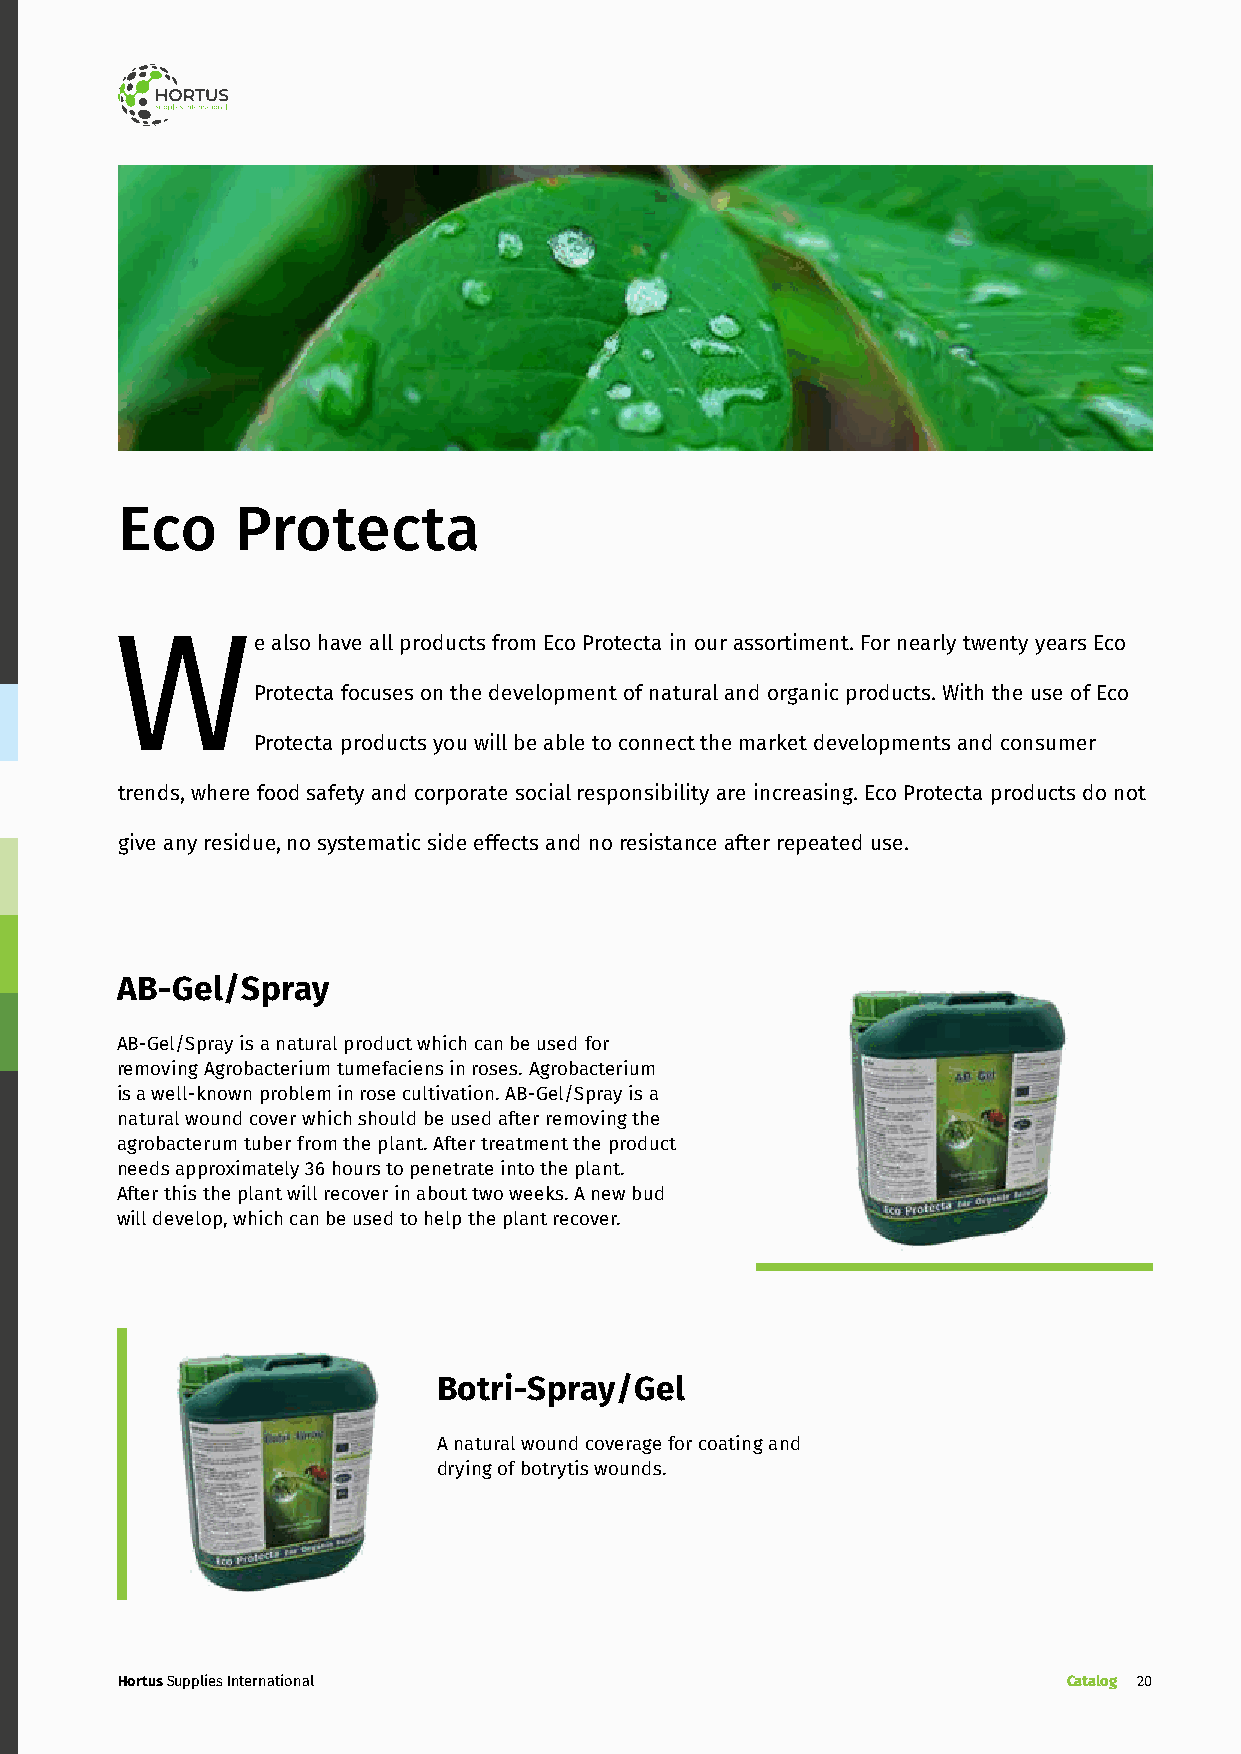
Eco     Protecta
 We        also have all products from Eco Protecta in our assortiment. For nearly twenty years Eco
 Protecta focuses on the development of natural and organic products. With the use of Eco
 Protecta products you will be able to connect the market developments and consumer
 trends, where food safety and corporate social responsibility are increasing. Eco Protecta products do not
 give any residue, no systematic side effects and no resistance after repeated use.
 AB-Gel/Spray
 AB-Gel/Spray is a natural product which can be used for
 removing Agrobacterium tumefaciens in roses. Agrobacterium
 is a well-known problem in rose cultivation. AB-Gel/Spray is a
 natural wound cover which should be used after removing the
 agrobacterum tuber from the plant. After treatment the product
 needs approximately 36 hours to penetrate into the plant.
 After this the plant will recover in about two weeks. A new bud
 will develop, which can be used to help the plant recover.
 Botri-Spray/Gel
 A natural wound coverage for coating and
 drying of botrytis wounds.
 Hortus Supplies International                                  Catalog 20